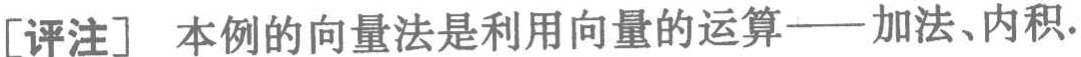
[评注] 本例的向量法是利用向量的运算——加法、内积.